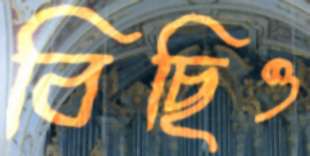
বিছিও